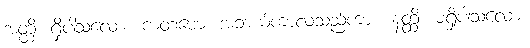
အတ္ထိ၊ ရှိပါသလော။ ကတမော၊ အဘယ်ကာလသည်ကား။ နတ္ထိ၊ မရှိပါသလော။